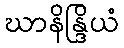
ဃာနိန္ဒြိယံ